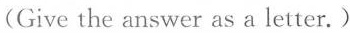
(Give the answer as a letter.)